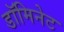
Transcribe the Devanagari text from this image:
डॉमिनेट